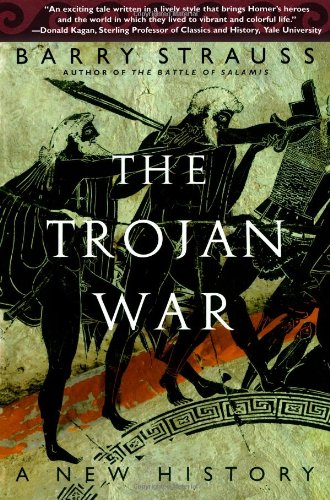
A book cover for The Trojan War: A New History; Barry Strauss; History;